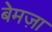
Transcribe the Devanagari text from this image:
बेमज़ा